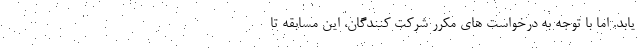
یابد. اما با توجه به درخواست های مکرر شرکت کنندگان، این مسابقه تا